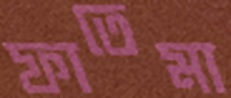
ফাতেমা